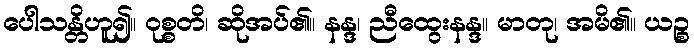
ပေါသန္တိဟူ၍။ ဝုစ္စတိ၊ ဆိုအပ်၏။ နန္ဒ၊ ညီထွေးနန္ဒ။ မာတု၊ အမိ၏။ ယဉ္စ